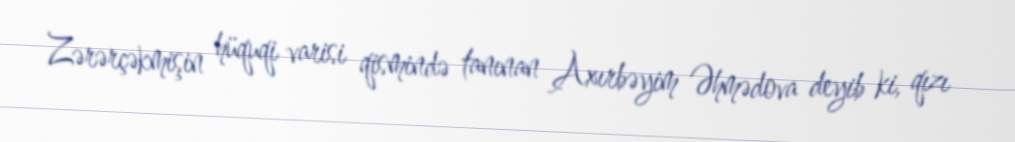
Zərərçəkmişin hüquqi varisi qismində tanınan Axırbəyim Əhmədova deyib ki, qızı